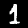
Label: 1